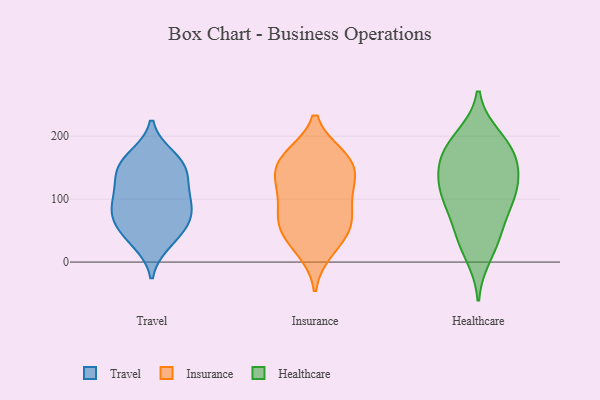
{"axis": {"x": "Temperature (°C)", "y": "Value"}, "legend": ["Healthcare", "Insurance", "Travel"], "data": [{"x": "", "y": 80, "type": "Travel"}, {"x": "", "y": 32, "type": "Travel"}, {"x": "", "y": 43, "type": "Travel"}, {"x": "", "y": 83, "type": "Travel"}, {"x": "", "y": 112, "type": "Travel"}, {"x": "", "y": 158, "type": "Travel"}, {"x": "", "y": 144, "type": "Travel"}, {"x": "", "y": 153, "type": "Travel"}, {"x": "", "y": 96, "type": "Travel"}, {"x": "", "y": 55, "type": "Travel"}, {"x": "", "y": 73, "type": "Travel"}, {"x": "", "y": 126, "type": "Travel"}, {"x": "", "y": 167, "type": "Travel"}, {"x": "", "y": 59, "type": "Insurance"}, {"x": "", "y": 69, "type": "Insurance"}, {"x": "", "y": 169, "type": "Insurance"}, {"x": "", "y": 93, "type": "Insurance"}, {"x": "", "y": 169, "type": "Insurance"}, {"x": "", "y": 60, "type": "Insurance"}, {"x": "", "y": 165, "type": "Insurance"}, {"x": "", "y": 18, "type": "Insurance"}, {"x": "", "y": 58, "type": "Insurance"}, {"x": "", "y": 131, "type": "Insurance"}, {"x": "", "y": 29, "type": "Insurance"}, {"x": "", "y": 158, "type": "Insurance"}, {"x": "", "y": 133, "type": "Insurance"}, {"x": "", "y": 128, "type": "Insurance"}, {"x": "", "y": 106, "type": "Insurance"}, {"x": "", "y": 106, "type": "Healthcare"}, {"x": "", "y": 176, "type": "Healthcare"}, {"x": "", "y": 196, "type": "Healthcare"}, {"x": "", "y": 10, "type": "Healthcare"}, {"x": "", "y": 150, "type": "Healthcare"}, {"x": "", "y": 42, "type": "Healthcare"}, {"x": "", "y": 120, "type": "Healthcare"}, {"x": "", "y": 36, "type": "Healthcare"}, {"x": "", "y": 174, "type": "Healthcare"}, {"x": "", "y": 143, "type": "Healthcare"}, {"x": "", "y": 100, "type": "Healthcare"}, {"x": "", "y": 200, "type": "Healthcare"}, {"x": "", "y": 66, "type": "Healthcare"}, {"x": "", "y": 164, "type": "Healthcare"}, {"x": "", "y": 121, "type": "Healthcare"}, {"x": "", "y": 94, "type": "Healthcare"}]}